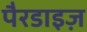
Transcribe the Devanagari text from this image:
पैरडाइज़